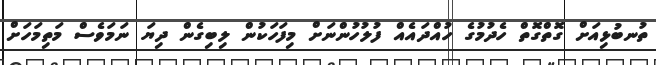
ތުނބުޅިއަށް ގޮތްގޮތް ހެދުމުގެ ހުއްދައެއް ފުލުހުންނަށް މިފަހަކުން ލިބިގެން ދިޔަ ނަމަވެސް މަތިމަހަށް